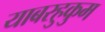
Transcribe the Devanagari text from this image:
याबरहुकुम